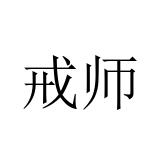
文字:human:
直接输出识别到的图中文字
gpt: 戒师